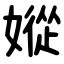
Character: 㜡